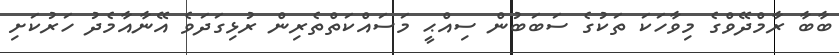
ބާބާ ރާމްދޭވްގެ މިވާހަކަ ތަކުގެ ސަބަބުން ސިއްޙީ މަސައްކަތްތެރިން ރުޅިގަދަވެ އޭނާއާމެދު ހަރުކަށި